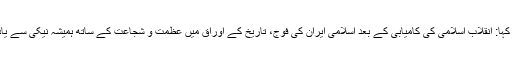
صدر نے کہا: انقلاب اسلامی کی کامیابی کے بعد اسلامی ایران کی فوج، تاریخ کے اوراق میں عظمت و شجاعت کے ساتھ ہمیشہ نیکی سے یاد رہےگی۔